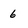
Character: 6